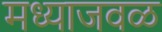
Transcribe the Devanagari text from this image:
मध्याजवळ